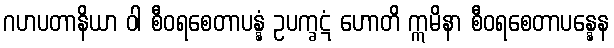
ဂဟပတာနိယာ ဝါ စီဝရစေတာပန္နံ ဥပက္ခဋံ ဟောတိ ဣမိနာ စီဝရစေတာပန္နေန